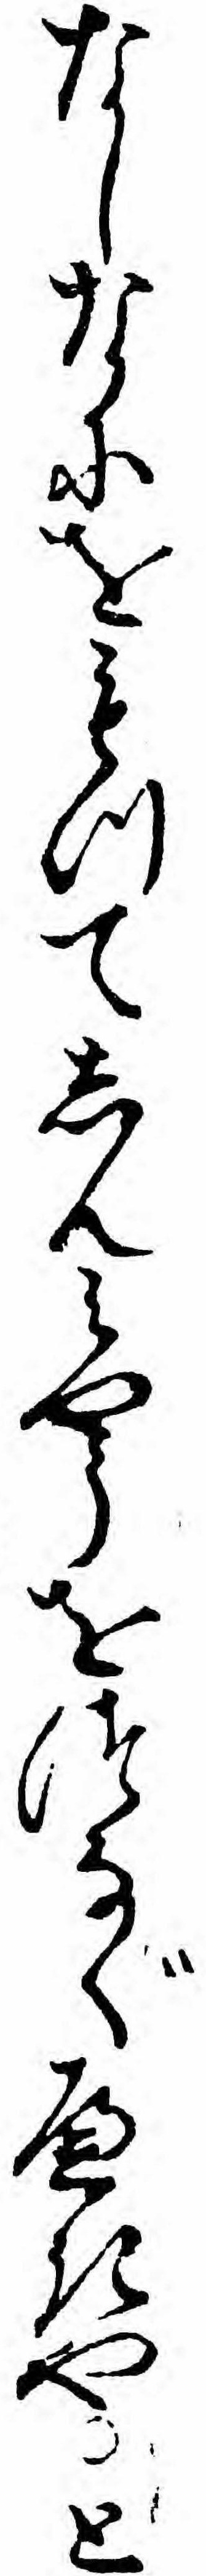
なしなにをもつてしんミやうをつなぐへきやと